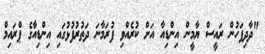
"ދާދިފަހުން ރައީސް ޔާމީން އިންޑިއާ އަށް ކުރެއްވި ފުރަމާނަ ދަތުރުފުޅުގައި އިންޑިއާގެ ޕްރައިމް